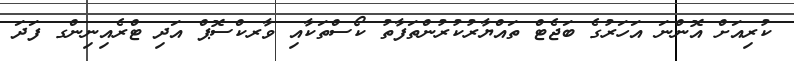
ކުރިއަށް އޮންނަ އަހަރުގެ ބަޖެޓް ތައްޔާރުކުރުންތަފާތު ކޯސްތަކާއި ވާރކްސޮޕް އަދި ޓްރެއިނިންގ ފަދަ